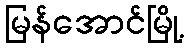
မြန်အောင်မြို့